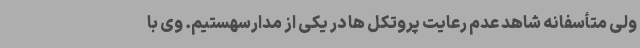
ولی متأسفانه شاهد عدم رعایت پروتکل ها در یکی از مدارسهستیم. وی با